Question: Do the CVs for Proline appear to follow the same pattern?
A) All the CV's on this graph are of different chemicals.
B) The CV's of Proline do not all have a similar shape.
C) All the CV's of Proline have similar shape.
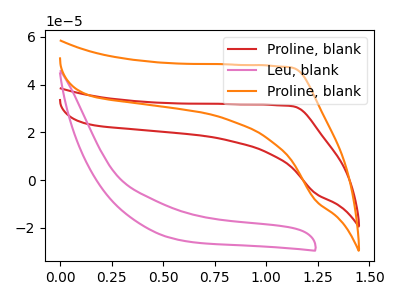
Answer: <think>The red curve "Proline, blank" has no peaks. The pink curve "Leu, blank" has no peaks. The orange curve "Proline, blank" has no peaks.
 Neither "Proline, blank" or "Leu, blank" have any peaks. Neither "Proline, blank" or "Proline, blank" have any peaks. Neither "Leu, blank" or "Proline, blank" have any peaks.</think>
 <answer>C) All the CV's of "Proline" have similar shape.</answer>
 <eval>C</eval>